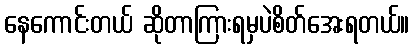
နေကောင်းတယ် ဆိုတာကြားရမှပဲစိတ်အေးရတယ်။